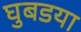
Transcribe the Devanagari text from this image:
घुबडया